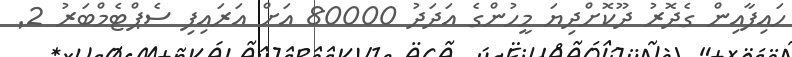
ހައިފާއިން ގެދޮރު ދޫކޮށްދިޔަ މީހުންގެ އަދަދު 80000 އަށް އަރައިފި ސެޕްޓެމްބަރު 2